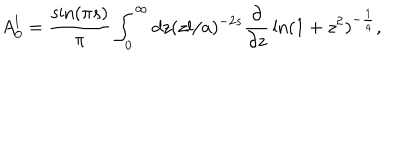
A _ { 0 } ^ { l } = { \frac { \sin ( \pi s ) } { \pi } } \int _ { 0 } ^ { \infty } d z ( z l / a ) ^ { - 2 s } { \frac { \partial } { \partial z } } \ln ( 1 + z ^ { 2 } ) ^ { - { \frac { 1 } { 4 } } } ,